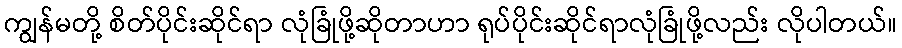
ကျွန်မတို့ စိတ်ပိုင်းဆိုင်ရာ လုံခြုံဖို့ဆိုတာဟာ ရုပ်ပိုင်းဆိုင်ရာလုံခြုံဖို့လည်း လိုပါတယ်။